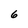
Character: 6